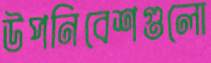
উপনিবেশগুলো